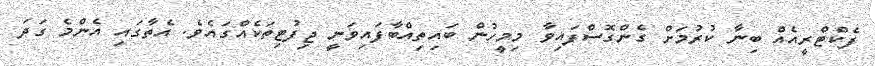
ފެކްޓްރީއެއް ބިނާ ކުރުމަށް ގެންގޮސްފައިވާ މިމީހުން ބައިތިއްބާފައިވަނީ ޖިފުޓިތަކެއްގައެވެ. އެތާގައި އެންމެ ގަދަ